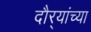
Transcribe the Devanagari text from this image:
दौर्‍यांच्या